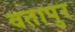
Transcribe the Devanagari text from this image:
वतापुर